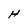
Character: H